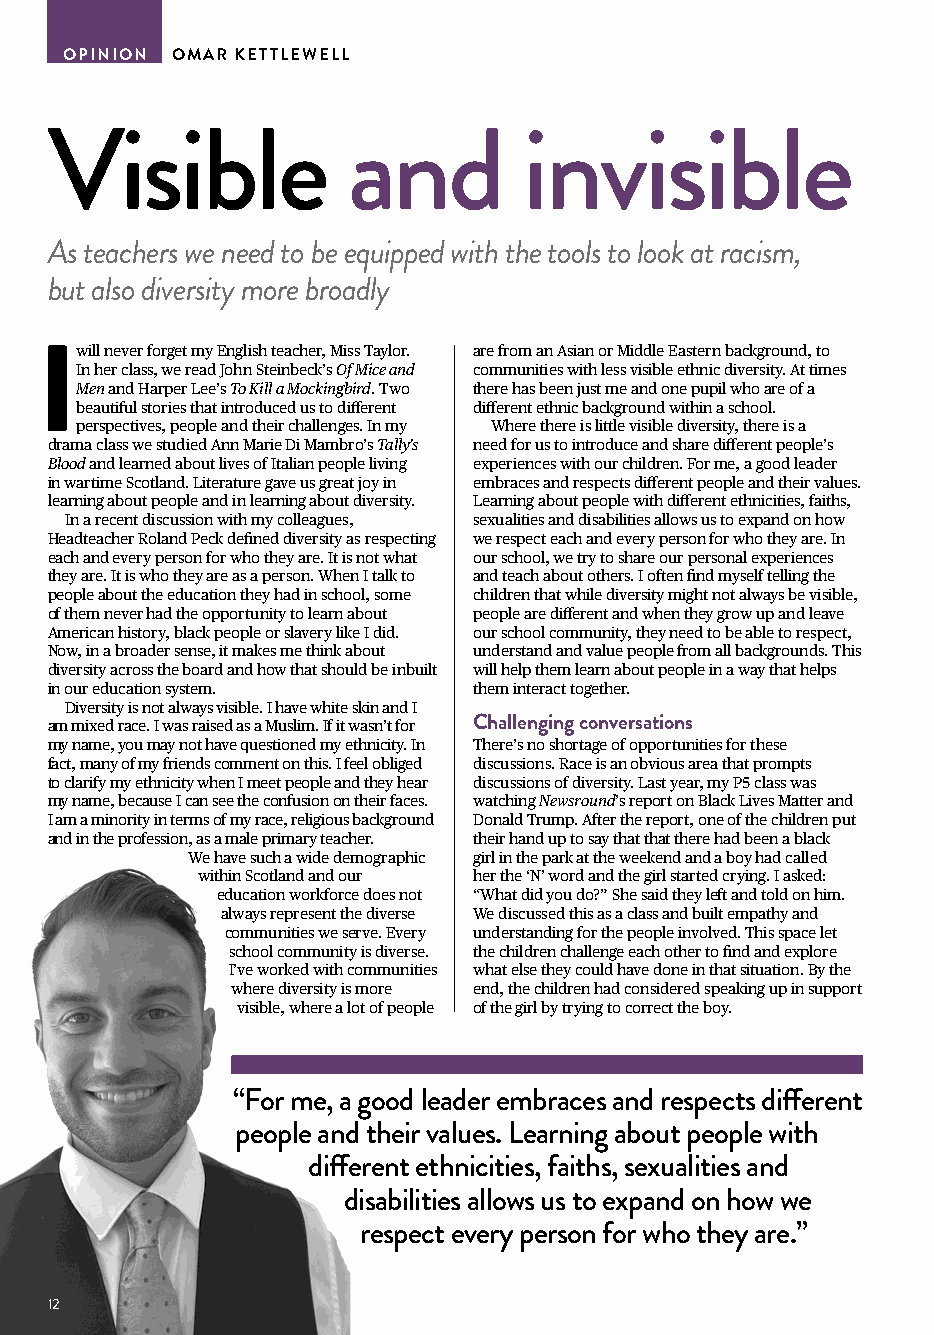
OPINION OMAR KETTLEWELL
 Visible             and         invisible
 As teachers we need to be equipped with the tools to look at racism,
 but also diversity more broadly
 will never forget my English teacher, Miss Taylor. are from an Asian or Middle Eastern background, to
 I
 In her class, we read John Steinbeck’s Of Mice and communities with less visible ethnic diversity. At times
 Men and Harper Lee’s To Kill a Mockingbird. Two there has been just me and one pupil who are of a
 beautiful stories that introduced us to different different ethnic background within a school.
 perspectives, people and their challenges. In my Where there is little visible diversity, there is a
 drama class we studied Ann Marie Di Mambro’s Tally’s need for us to introduce and share different people’s
 Blood and learned about lives of Italian people living experiences with our children. For me, a good leader
 in wartime Scotland. Literature gave us great joy in embraces and respects different people and their values.
 learning about people and in learning about diversity. Learning about people with different ethnicities, faiths,
 In a recent discussion with my colleagues, sexualities and disabilities allows us to expand on how
 Headteacher Roland Peck defined diversity as respecting we respect each and every person for who they are. In
 each and every person for who they are. It is not what our school, we try to share our personal experiences
 they are. It is who they are as a person. When I talk to and teach about others. I often find myself telling the
 people about the education they had in school, some children that while diversity might not always be visible,
 of them never had the opportunity to learn about people are different and when they grow up and leave
 American history, black people or slavery like I did. our school community, they need to be able to respect,
 Now, in a broader sense, it makes me think about understand and value people from all backgrounds. This
 diversity across the board and how that should be inbuilt will help them learn about people in a way that helps
 in our education system.    them interact together.
 Diversity is not always visible. I have white skin and I
 am mixed race. I was raised as a Muslim. If it wasn’t for Challenging conversations
 my name, you may not have questioned my ethnicity. In There’s no shortage of opportunities for these
 fact, many of my friends comment on this. I feel obliged discussions. Race is an obvious area that prompts
 to clarify my ethnicity when I meet people and they hear discussions of diversity. Last year, my P5 class was
 my name, because I can see the confusion on their faces. watching Newsround’s report on Black Lives Matter and
 I am a minority in terms of my race, religious background Donald Trump. After the report, one of the children put
 and in the profession, as a male primary teacher. their hand up to say that that there had been a black
 We have such a wide demographic girl in the park at the weekend and a boy had called
 within Scotland and our her the ‘N’ word and the girl started crying. I asked:
 education workforce does not “What did you do?” She said they left and told on him.
 always represent the diverse We discussed this as a class and built empathy and
 communities we serve. Every understanding for the people involved. This space let
 school community is diverse. the children challenge each other to find and explore
 I’ve worked with communities what else they could have done in that situation. By the
 where diversity is more end, the children had considered speaking up in support
 visible, where a lot of people of the girl by trying to correct the boy.
 “For me, a good leader embraces and respects different
 people and their values. Learning about people with
 different ethnicities, faiths, sexualities and
 disabilities allows us to expand on how we
 respect every person for who they are.”
 12